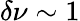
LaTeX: \delta\nu\sim 1